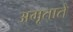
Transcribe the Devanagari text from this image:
अमृताते